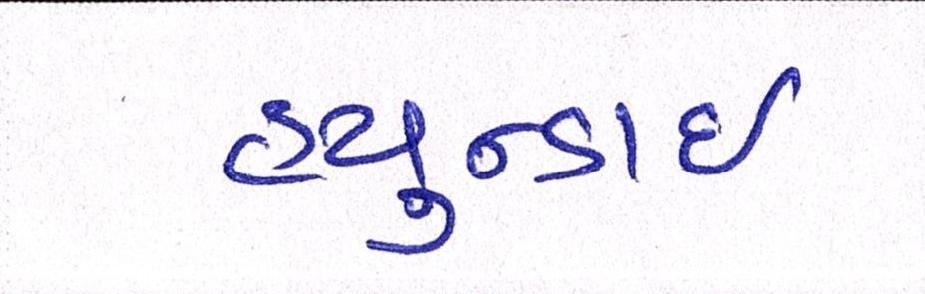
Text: હ્યુન્ડાઇ